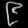
Digit: ၉